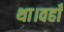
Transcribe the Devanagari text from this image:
था।वहाँ